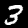
Label: 3